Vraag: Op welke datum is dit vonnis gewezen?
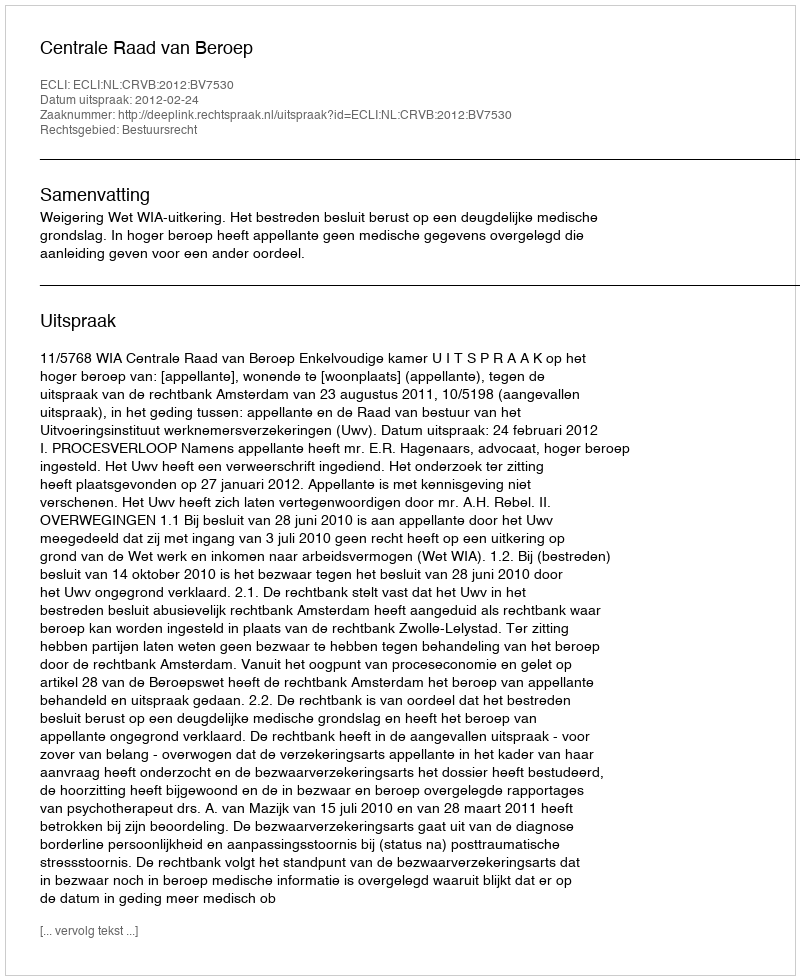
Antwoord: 2012-02-24